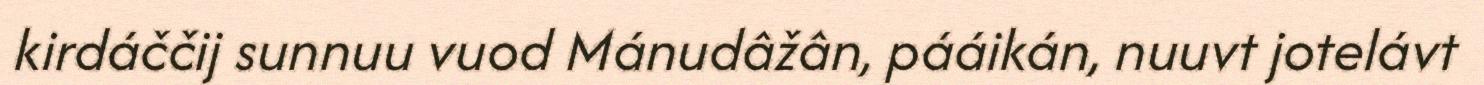
kirdáččij sunnuu vuod Mánudâžân, pááikán, nuuvt jotelávt